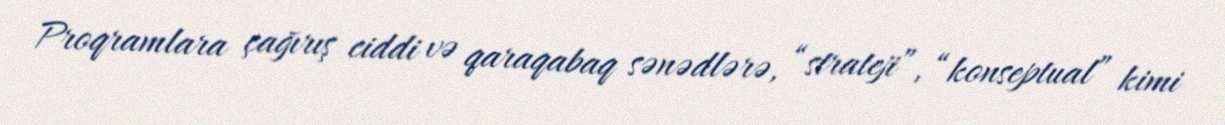
Proqramlara çağırış ciddi və qaraqabaq sənədlərə, “strateji”, “konseptual” kimi